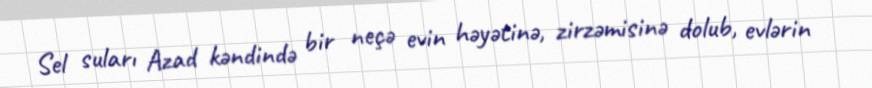
Sel suları Azad kəndində bir neçə evin həyətinə, zirzəmisinə dolub, evlərin